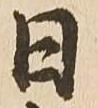
日